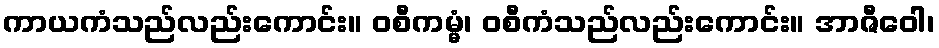
ကာယကံသည်လည်းကောင်း။ ဝစီကမ္မံ၊ ဝစီကံသည်လည်းကောင်း။ အာဇီဝေါ၊